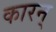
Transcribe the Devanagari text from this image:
कारन्